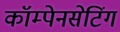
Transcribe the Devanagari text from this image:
कॉम्पेनसेटिंग